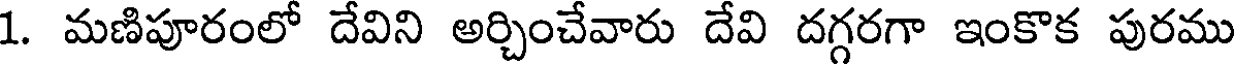
1. మణిపూరంలో దేవిని అర్చించేవారు దేవి దగ్గరగా ఇంకొక పురము